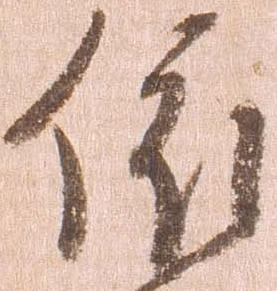
依